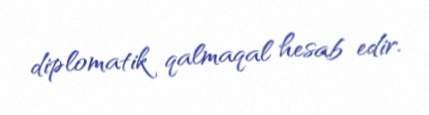
diplomatik qalmaqal hesab edir.